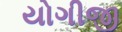
યોગીજી